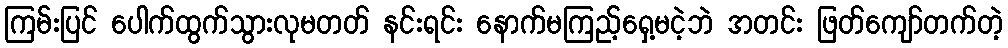
ကြမ်းပြင် ပေါက်ထွက်သွားလုမတတ် နင်းရင်း နောက်မကြည့်ရှေ့မငဲ့ဘဲ အတင်း ဖြတ်ကျော်တက်တဲ့